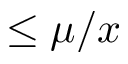
\leq \mu / x